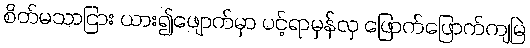
စိတ်မသာငြား ယား၍ဖျောက်မှာ ပင့်ရာမှန်လှ ဖြောက်ဖြောက်ကျမြဲ